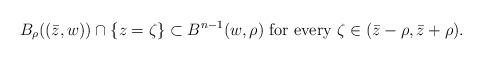
LaTeX: \begin{align*}B_{\rho}((\bar{z},w)) \cap \{ z = \zeta \} \subset B^{n-1} ( w,\rho) \mbox{ for every } \zeta \in ( \bar{z} - \rho ,\bar{z} + \rho).\end{align*}